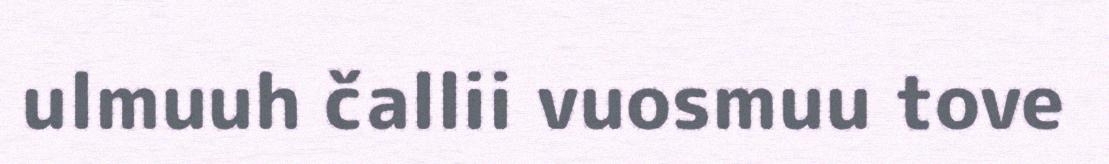
ulmuuh čallii vuosmuu tove